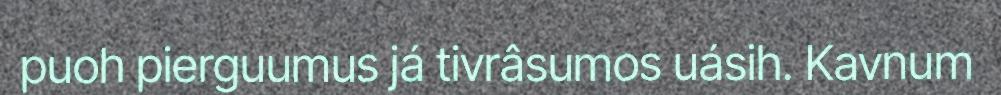
puoh pierguumus já tivrâsumos uásih. Kavnum